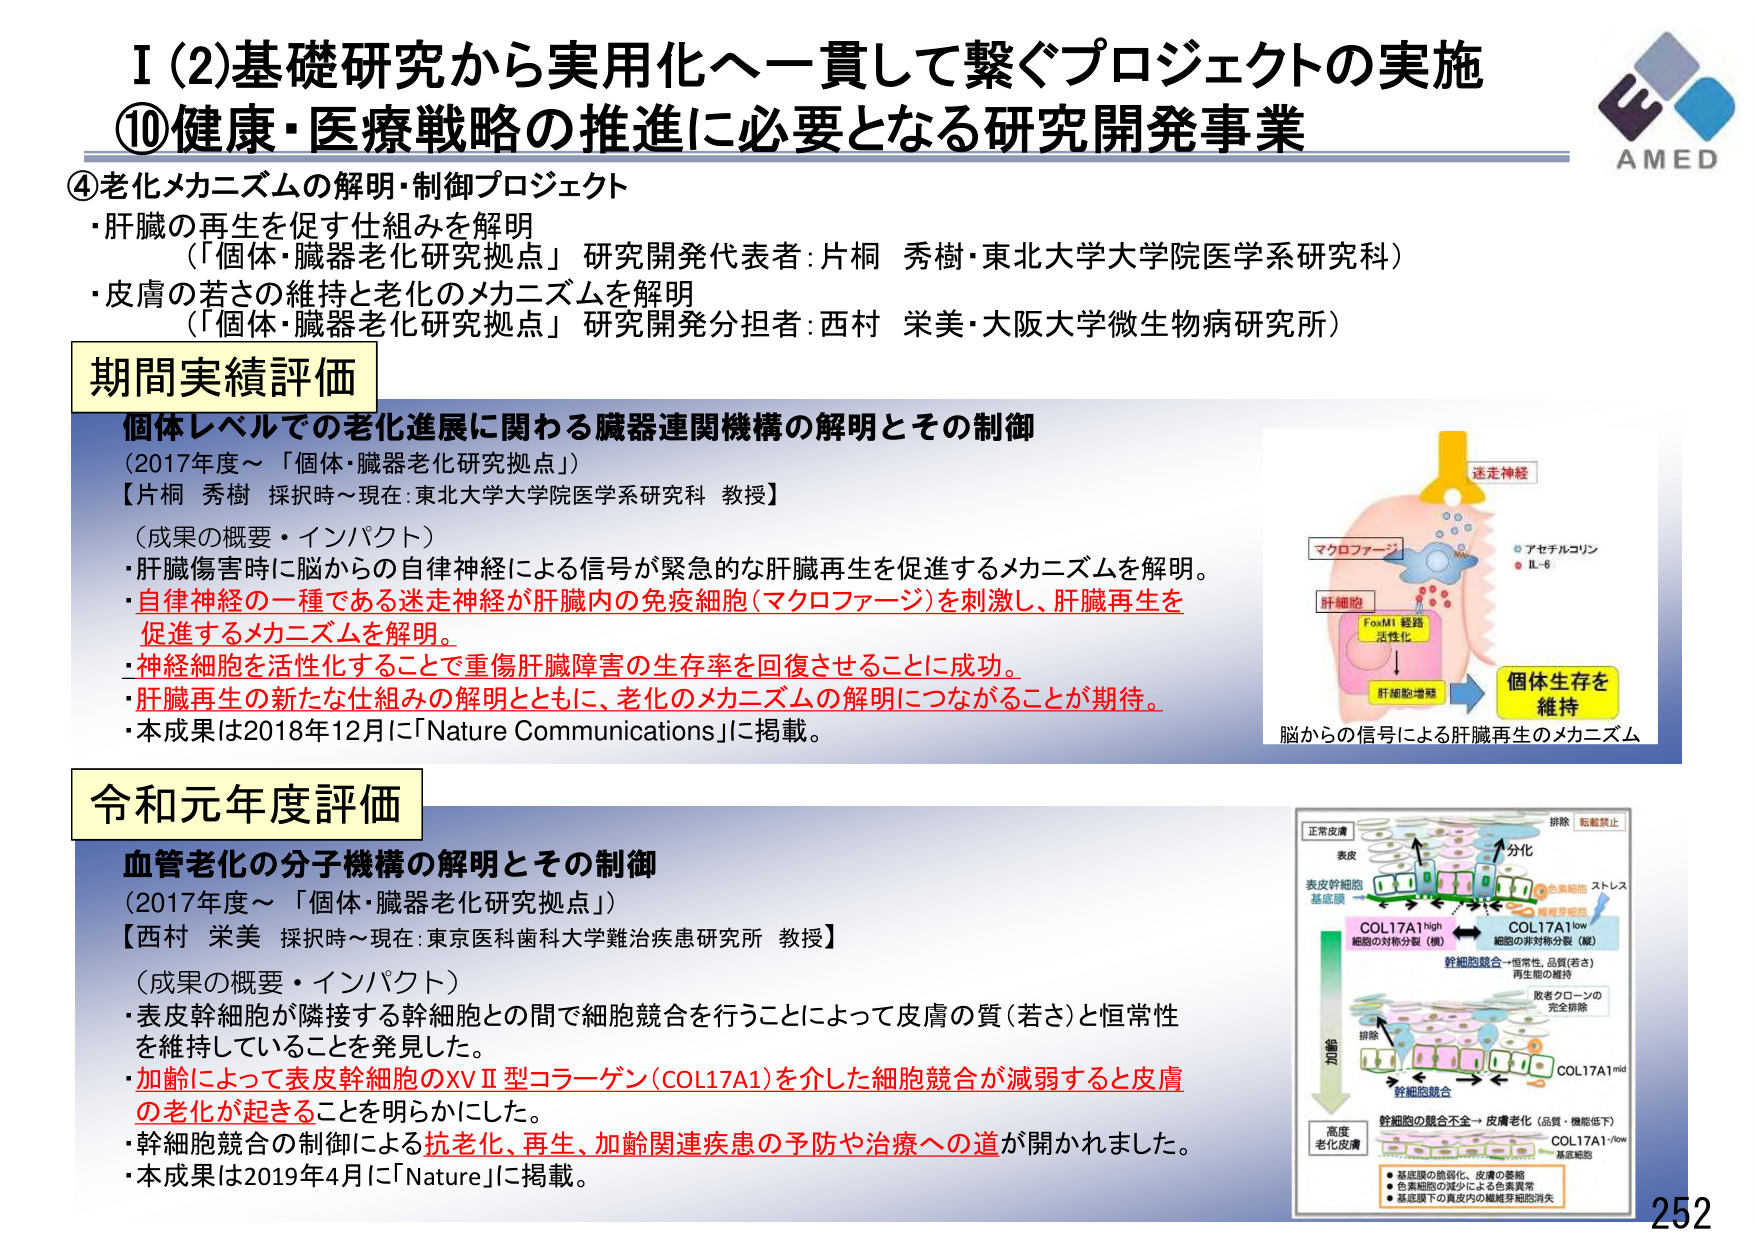
I (2) 基礎研究から実用化へ一貫して繋ぐプロジェクトの実施
⑩ 健康・医療戦略の推進に必要となる研究開発事業

④ 老化メカニズムの解明・制御プロジェクト
・肝臓の再生を促す仕組みを解明
　（「個体・臓器老化研究拠点」研究開発代表者：片桐 秀樹・東北大学大学院医学系研究科）
・皮膚の若さの維持と老化のメカニズムを解明
　（「個体・臓器老化研究拠点」研究開発分担者：西村 栄美・大阪大学微生物病研究所）

期間実績評価
個体レベルでの老化進展に関わる臓器連関機構の解明とその制御
（2017年度～「個体・臓器老化研究拠点」）
【片桐 秀樹 採択時～現在：東北大学大学院医学系研究科 教授】

（成果の概要・インパクト）
・肝臓傷害時に脳からの自律神経による信号が緊急的な肝臓再生を促進するメカニズムを解明。
・自律神経の一種である迷走神経が肝臓内の免疫細胞（マクロファージ）を刺激し、肝臓再生を促進するメカニズムを解明。
・神経細胞を活性化することで重傷肝臓障害の生存率を回復させることに成功。
・肝臓再生の新たな仕組みの解明とともに、老化のメカニズムの解明につながることが期待。
・本成果は2018年12月に「Nature Communications」に掲載。

脳からの信号による肝臓再生のメカニズム
迷走神経
マクロファージ
アセチルコリン
IL-6
肝細胞
FoxM1 転写活性化
肝細胞増殖
個体生存を維持

令和元年度評価
血管老化の分子機構の解明とその制御
（2017年度～「個体・臓器老化研究拠点」）
【西村 栄美 採択時～現在：東京医科歯科大学難治疾患研究所 教授】

（成果の概要・インパクト）
・表皮幹細胞が隣接する幹細胞との間で細胞競合を行うことによって皮膚の質（若さ）と恒常性を維持していることを発見した。
・加齢によって表皮幹細胞のXVⅡ型コラーゲン（COL17A1）を介した細胞競合が減弱すると皮膚の老化が起きることを明らかにした。
・幹細胞競合の制御による抗老化、再生、加齢関連疾患の予防や治療への道が開かれました。
・本成果は2019年4月に「Nature」に掲載。

正常皮膚
表皮
表皮幹細胞
基底膜
COL17A1 high
細胞の対称分裂（娘）
COL17A1 low
細胞の非対称分裂（娘）
分化
色素細胞
ストレス
繊維芽細胞
幹細胞競合 → 恒常性、品質（若さ）
再生能の維持
敗者クローンの完全排除
COL17A1 mid
幹細胞競合
高度老化皮膚
幹細胞の競合不全 → 皮膚老化（品質・機能低下）
COL17A1 low
基底細胞
基底膜の脆弱化、皮膚の萎縮
色素細胞の減少による色素異常
基底膜下の真皮内の繊維芽細胞消失
排除
転移禁止

AMED
252